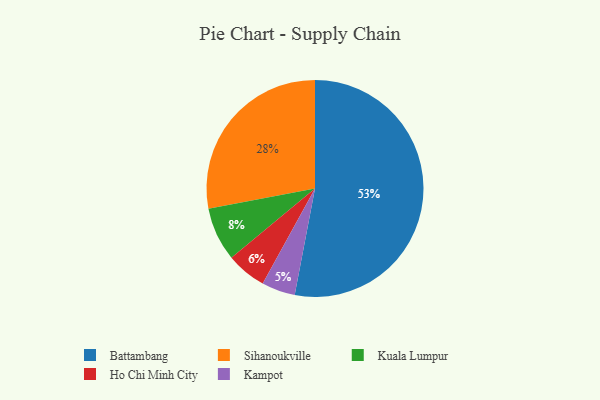
{"axis": {"x": "Category", "y": "Percentage"}, "legend": ["Battambang", "Ho Chi Minh City", "Kampot", "Kuala Lumpur", "Sihanoukville"], "data": [{"x": "Kuala Lumpur", "y": 8, "type": "Kuala Lumpur"}, {"x": "Sihanoukville", "y": 28, "type": "Sihanoukville"}, {"x": "Ho Chi Minh City", "y": 6, "type": "Ho Chi Minh City"}, {"x": "Battambang", "y": 53, "type": "Battambang"}, {"x": "Kampot", "y": 5, "type": "Kampot"}]}